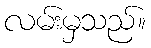
လမ်းမှသည်။